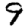
Digit: 9